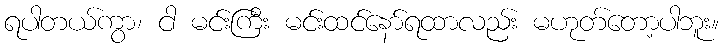
ရပါတယ်ကွာ၊ ငါ မင်းကြီး မင်းထင်နော်ရထာလည်း မဟုတ်တော့ပါဘူး။